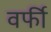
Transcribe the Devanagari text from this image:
वर्फी